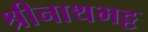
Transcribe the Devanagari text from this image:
श्रीनाथभट्ट